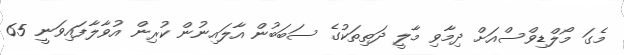
މެގަ މޯލްޑިވްސްއަށް ދިމާވި މާލީ ދަތިތަކުގެ ސަބަބުން އާލައިނުން ކުރިން އުވާލާފައިވަނީ 65